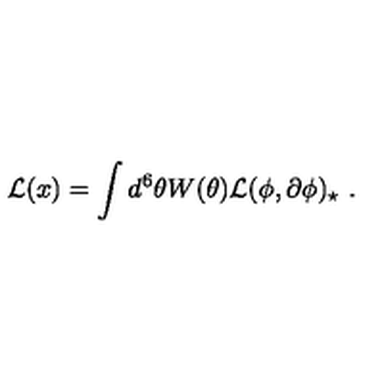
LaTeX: { \cal L } ( x ) = \int d ^ { 6 } \theta W ( \theta ) { \cal L } ( \phi , \partial \phi ) _ { \star } \ .